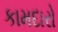
કામદારો